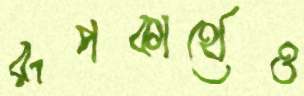
রূপকার্থেও